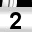
Digit: 2